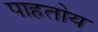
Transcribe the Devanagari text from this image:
पाहतोय